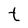
Character: t